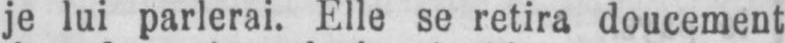
je lui parlerai. Elle se retira doucement